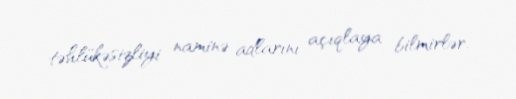
təhlükəsizliyi naminə adlarını açıqlaya bilmirlər.